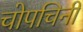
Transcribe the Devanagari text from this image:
चोपचिनी